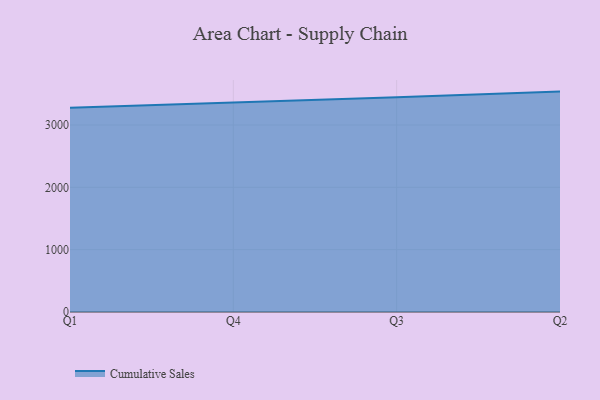
{"axis": {"x": "Quarter", "y": "Latency (ms)"}, "legend": ["Cumulative Sales"], "data": [{"x": "Q1", "y": 3277.7, "type": "Cumulative Sales"}, {"x": "Q4", "y": 3359.4, "type": "Cumulative Sales"}, {"x": "Q3", "y": 3443.9, "type": "Cumulative Sales"}, {"x": "Q2", "y": 3536.1, "type": "Cumulative Sales"}]}